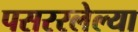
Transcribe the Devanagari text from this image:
पसररलेल्या